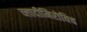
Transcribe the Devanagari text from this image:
व्लादीमिरोविच